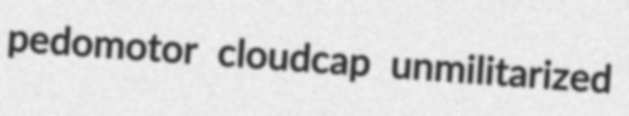
pedomotor cloudcap unmilitarized